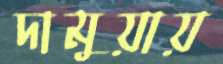
দামুয়ায়